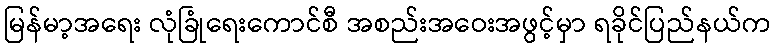
မြန်မာ့အရေး လုံခြုံရေးကောင်စီ အစည်းအဝေးအဖွင့်မှာ ရခိုင်ပြည်နယ်က